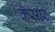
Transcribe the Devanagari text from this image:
कँसार